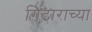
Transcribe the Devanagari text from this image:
गिटाराच्या